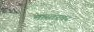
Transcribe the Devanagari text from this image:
मास्तरवर